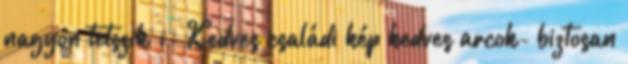
nagyon tetszik :- Kedves családi kép kedves arcok- biztosan